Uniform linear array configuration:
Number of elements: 16
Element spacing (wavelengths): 0.5
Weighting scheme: hann
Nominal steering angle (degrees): -60
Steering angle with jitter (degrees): -60.977
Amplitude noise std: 0.05
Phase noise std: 0.05

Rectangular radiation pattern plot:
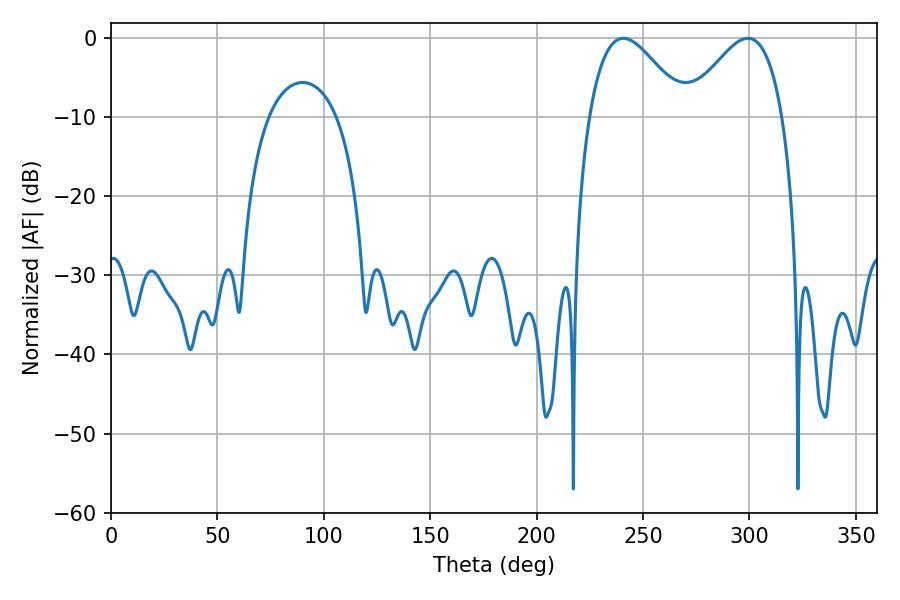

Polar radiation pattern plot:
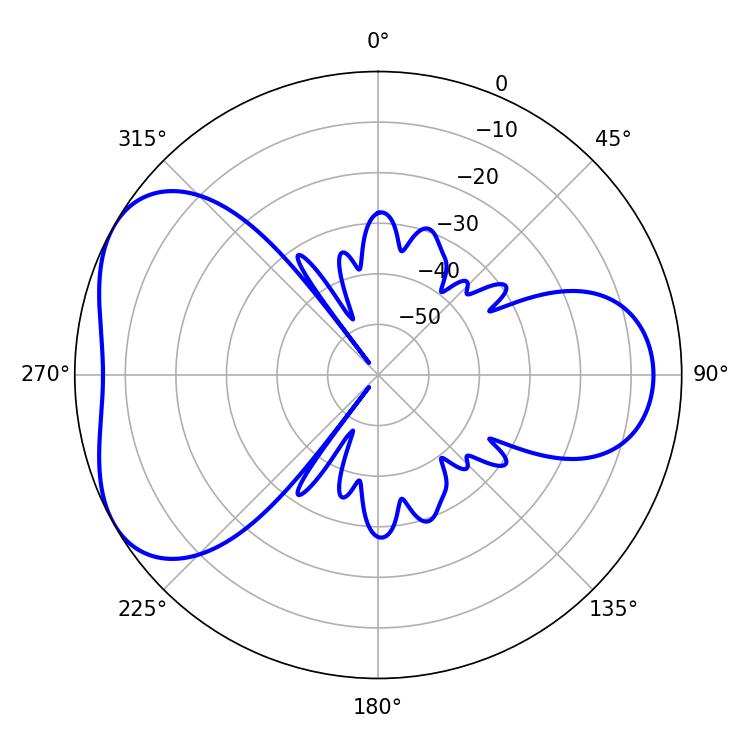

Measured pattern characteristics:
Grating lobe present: FALSE
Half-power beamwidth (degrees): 24.12
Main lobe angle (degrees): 299.34